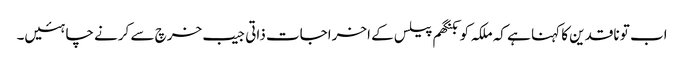
اب تو ناقدین کا کہنا ہے کہ ملکہ کو بکنگھم پیلس کے اخراجات ذاتی جیب خرچ سے کرنے چاہئیں۔